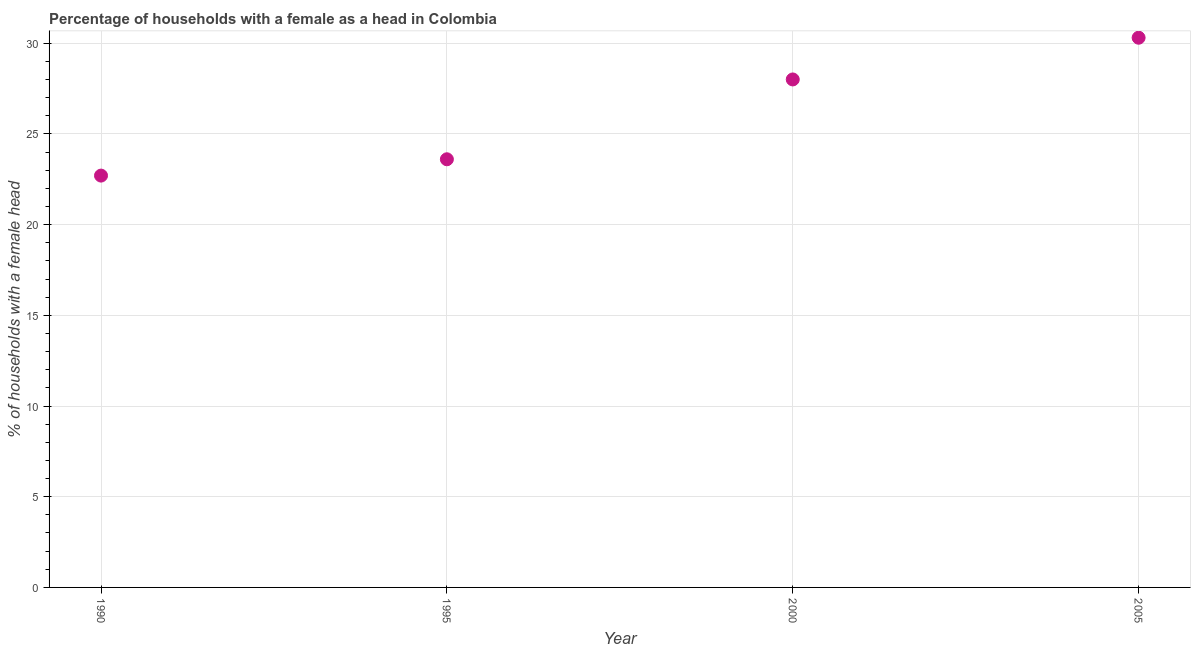
| Year | Female headed households |
 | --- | --- |
 | 1990 | 22.7 |
 | 1995 | 23.6 |
 | 2000 | 28 |
 | 2005 | 30.3 |